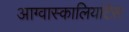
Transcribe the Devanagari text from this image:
आग्वास्कालियांटेस